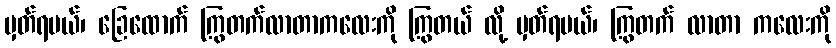
မှတ်ရမယ်၊ ခြေထောက် ကြွတက်လာတာကလေးကို ကြွတယ် လို့ မှတ်ရမယ်၊ ကြွတက် လာတာ ကလေးကို